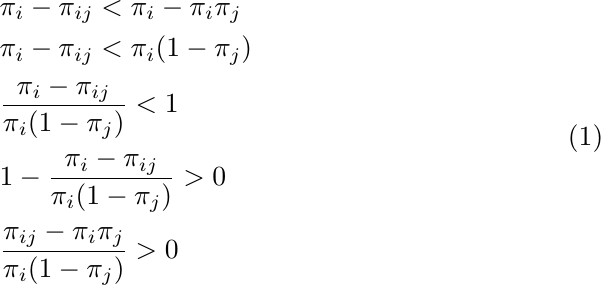
\begin{equation}
	\begin{aligned}
		&\pi_i - \pi_{ij} < \pi_i - \pi_i\pi_j\\
		&\pi_i - \pi_{ij} < \pi_i(1 - \pi_j)\\
		&\frac{\pi_i - \pi_{ij}}{\pi_i(1 - \pi_j)} < 1\\
		&1 - \frac{\pi_i - \pi_{ij}}{\pi_i(1 - \pi_j)} > 0\\
		&\frac{\pi_{ij} - \pi_i\pi_j}{\pi_i(1 - \pi_j)} > 0
	\end{aligned}
	\label{H}
\end{equation}